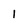
Character: l